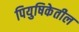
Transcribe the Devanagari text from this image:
पियुषिकेतील